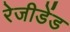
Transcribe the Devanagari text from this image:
रेजीडेंड